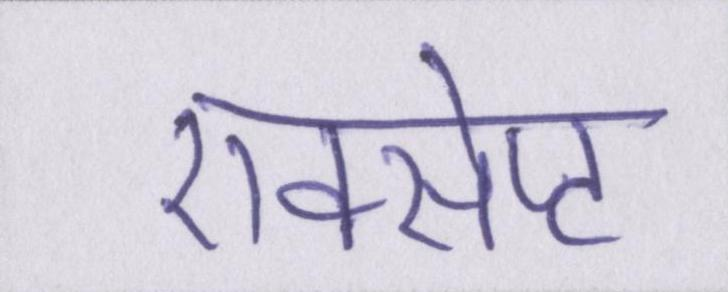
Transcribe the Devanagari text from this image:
एक्सेप्ट